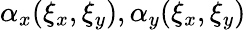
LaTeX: \alpha_{x}(\xi_{x},\xi_{y}),\alpha_{y}(\xi_{x},\xi_{y})